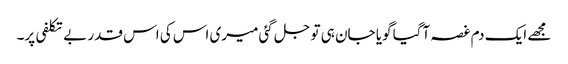
مجھے ایک دم غصہ آگیا گویا جان ہی تو جل گئی میری اس کی اس قدر بے تکلفی پر۔